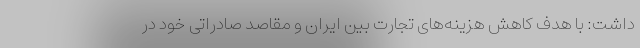
داشت:‌ با هدف کاهش هزینه‌های تجارت بین ایران و مقاصد صادراتی خود در